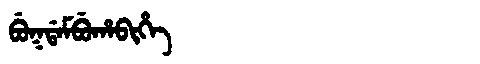
Manchu: ᠪᡠᡴᡩᠠᠮᠪᡠᡥᠠᠪᡳᡥᡝ
Romanization: BUKDAMBUHABIHE